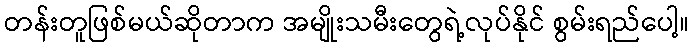
တန်းတူဖြစ်မယ်ဆိုတာက အမျိုးသမီးတွေရဲ့လုပ်နိုင် စွမ်းရည်ပေါ့။